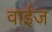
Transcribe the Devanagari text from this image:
वाईज